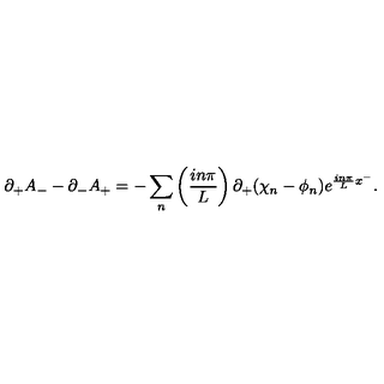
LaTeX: \partial _ { + } A _ { - } - \partial _ { - } A _ { + } = - \sum _ { n } \left( { \frac { i n \pi } { L } } \right) \partial _ { + } ( \chi _ { n } - \phi _ { n } ) e ^ { { \frac { i n \pi } { L } } x ^ { - } } .